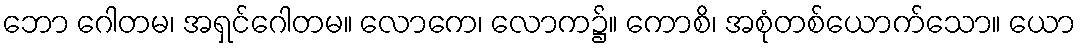
ဘော ဂေါတမ၊ အရှင်ဂေါတမ။ လောကေ၊ လောက၌။ ကောစိ၊ အစုံတစ်ယောက်သော။ ယော